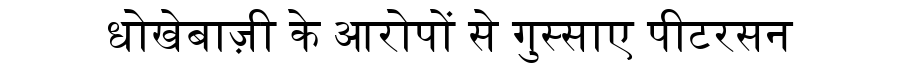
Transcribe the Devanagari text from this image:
धोखेबाज़ी के आरोपों से गुस्साए पीटरसन